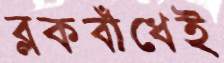
ব্লকবাঁধেই